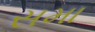
સમા